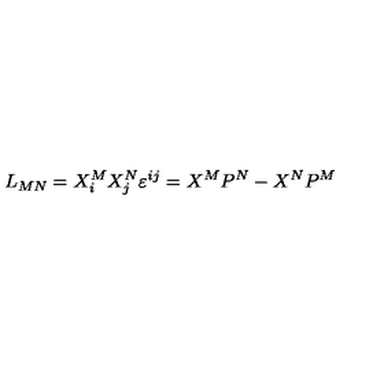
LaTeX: L _ { M N } = X _ { i } ^ { M } X _ { j } ^ { N } \varepsilon ^ { i j } = X ^ { M } P ^ { N } - X ^ { N } P ^ { M }